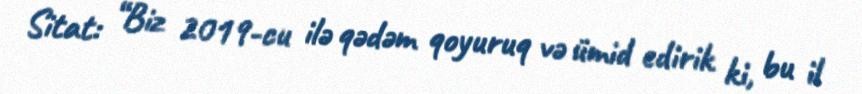
Sitat: “Biz 2019-cu ilə qədəm qoyuruq və ümid edirik ki, bu il